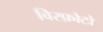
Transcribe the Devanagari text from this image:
विस्फ़ोटो